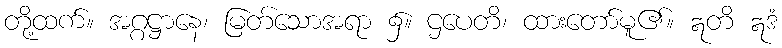
တို့ထက်။ အဂ္ဂဋ္ဌာနေ၊ မြတ်သောအရာ ၌။ ဌပေတိ၊ ထားတော်မူ၏။ ဣတိ ဣဒံ